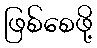
ဖြစ်စေဖို့